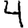
Digit: 4